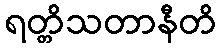
ရတ္တိသတာနီတိ